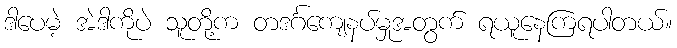
ဒါပေမဲ့ အဲဒါကိုပဲ သူတို့က တဒင်္ဂကျေနပ်မှုအတွက် ရယူနေကြရပါတယ်။